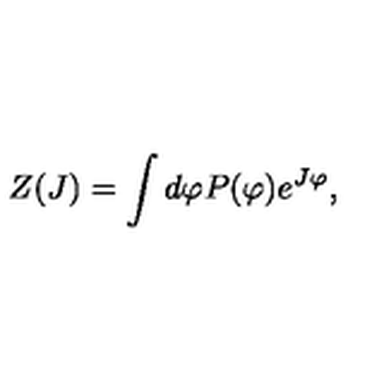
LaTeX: Z ( J ) = \int d \varphi P ( \varphi ) e ^ { J \varphi } ,